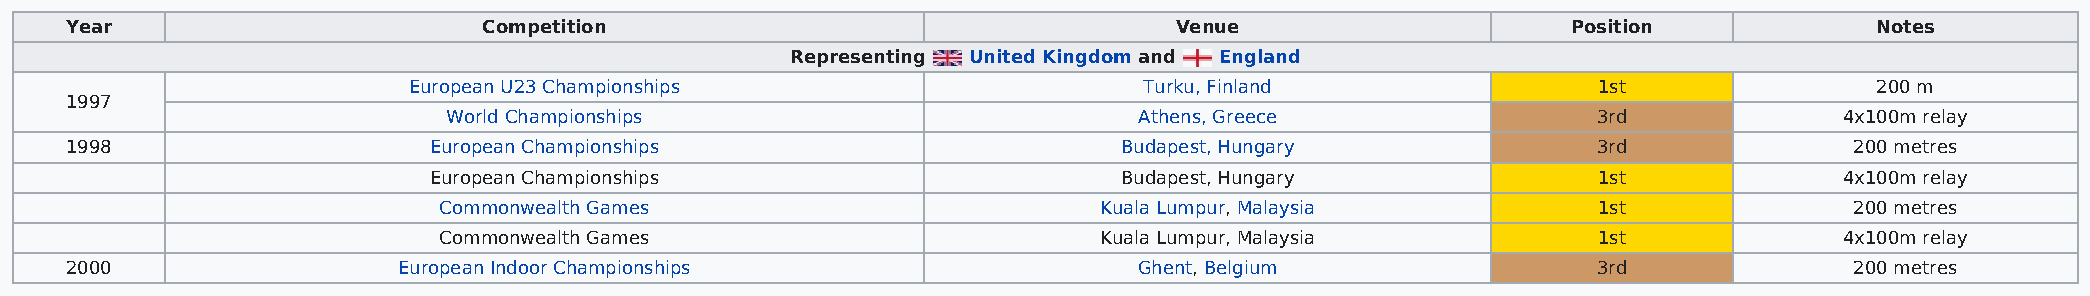
Year                        Competition                                   Venue                     Position            Notes
 Representing United Kingdom and England
 European U23 Championships                       Turku, Finland                1st               200 m
 1997
 World Championships                          Athens, Greece                 3rd             4x100m relay
 1998                    European Championships                        Budapest, Hungary               3rd              200 metres
 European Championships                        Budapest, Hungary               1st             4x100m relay
 Commonwealth Games                          Kuala Lumpur, Malaysia           1st              200 metres
 Commonwealth Games                          Kuala Lumpur, Malaysia           1st             4x100m relay
 2000                  European Indoor Championships                    Ghent, Belgium                 3rd              200 metres